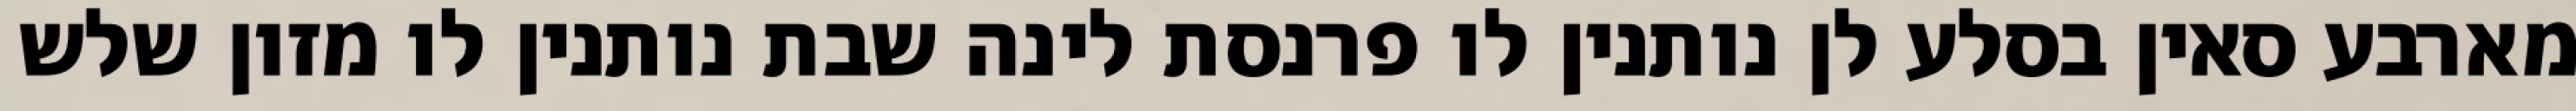
מארבע סאין בסלע לן נותנין לו פרנסת לינה שבת נותנין לו מזון שלש